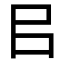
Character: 㠯